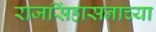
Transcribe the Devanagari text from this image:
राजसिंहासनाच्या